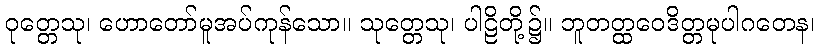
ဝုတ္တေသု၊ ဟောတော်မူအပ်ကုန်သော။ သုတ္တေသု၊ ပါဠိတို့၌။ ဘူတတ္ထဝေဒိတ္တမုပါဂတေန၊